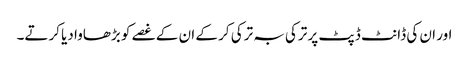
اور ان کی ڈانٹ ڈپٹ پر ترکی بہ ترکی کر کے ان کے غصے کو بڑھاوا دیا کرتے۔